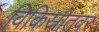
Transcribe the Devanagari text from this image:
विकिस्रोतवर